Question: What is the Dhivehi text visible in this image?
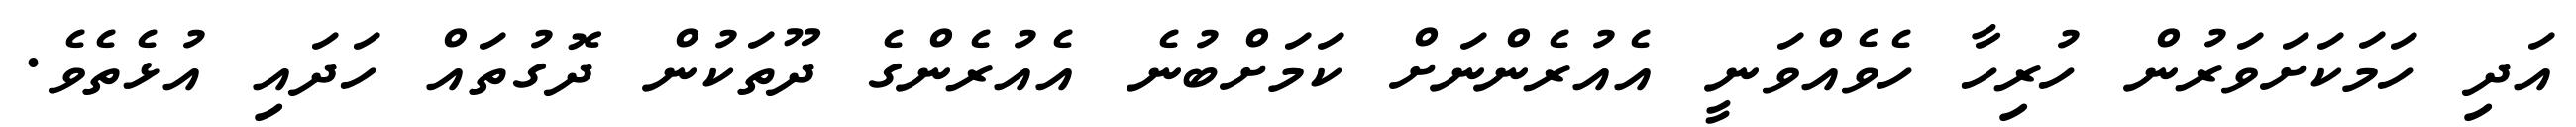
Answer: އަދި ހަމަކަށަވަރުން ހުރިހާ ހެވެއްވަނީ އެއުރެންނަށް ކަމަށްބުނެ އެއުރެންގެ ދޫތަކުން ދޮގުތައް ހަދައި އުޅެތެވެ.